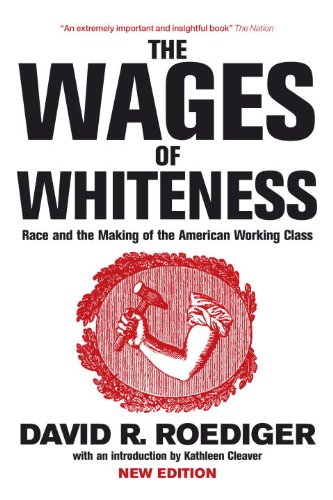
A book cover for The Wages of Whiteness: Race and the Making of the American Working Class (Haymarket Series); David R. Roediger; Business & Money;